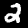
Digit: 2